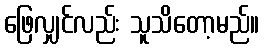
ဖြေလျှင်လည်း သူသိတော့မည်။